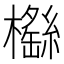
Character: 𣞿